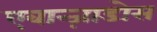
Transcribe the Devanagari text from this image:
एवान्ज़ाडोस